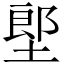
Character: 𡏅